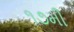
૧૭મી